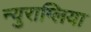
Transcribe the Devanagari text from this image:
न्युराग्लिया